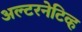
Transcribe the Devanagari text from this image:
अल्टरनेटिव्ह